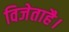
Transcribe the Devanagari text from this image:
विजेताहै।